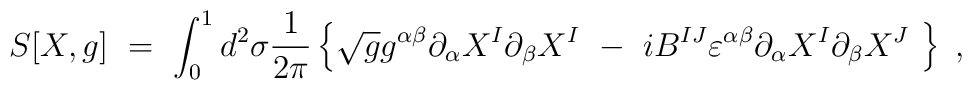
S[X,g]\ =\ \int^1_0 d^2\sigma \frac{1}{2\pi} \left\{         \sqrt{g} g^{\alpha \beta} \partial_\alpha X^I         \partial_\beta X^I\         -\ iB^{IJ}\varepsilon^{\alpha \beta}         \partial_\alpha X^I \partial_\beta X^J\ \right\}\ ,